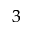
_ { 3 }